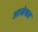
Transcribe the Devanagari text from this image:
अल्ब्रेख्त